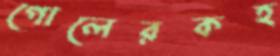
গোলেরকহ